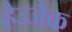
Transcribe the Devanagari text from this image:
हैज्जैक